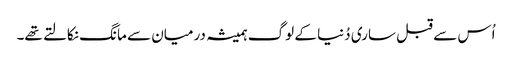
اُس سے قبل ساری دُنیا کے لوگ ہمیشہ درمیان سے مانگ نکالتے تھے۔